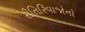
રીતિરિવાજોનો